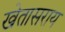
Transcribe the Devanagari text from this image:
खेतासराय